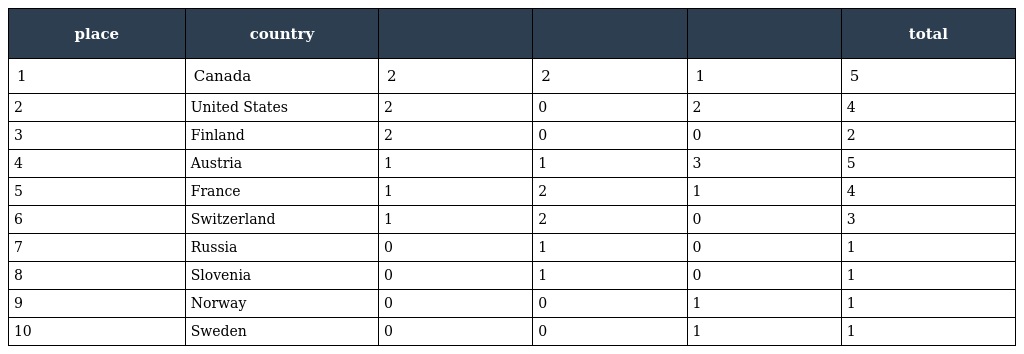
| place | country |  |  |  | total |
 | --- | --- | --- | --- | --- | --- |
 | 1 | Canada | 2 | 2 | 1 | 5 |
 | 2 | United States | 2 | 0 | 2 | 4 |
 | 3 | Finland | 2 | 0 | 0 | 2 |
 | 4 | Austria | 1 | 1 | 3 | 5 |
 | 5 | France | 1 | 2 | 1 | 4 |
 | 6 | Switzerland | 1 | 2 | 0 | 3 |
 | 7 | Russia | 0 | 1 | 0 | 1 |
 | 8 | Slovenia | 0 | 1 | 0 | 1 |
 | 9 | Norway | 0 | 0 | 1 | 1 |
 | 10 | Sweden | 0 | 0 | 1 | 1 |